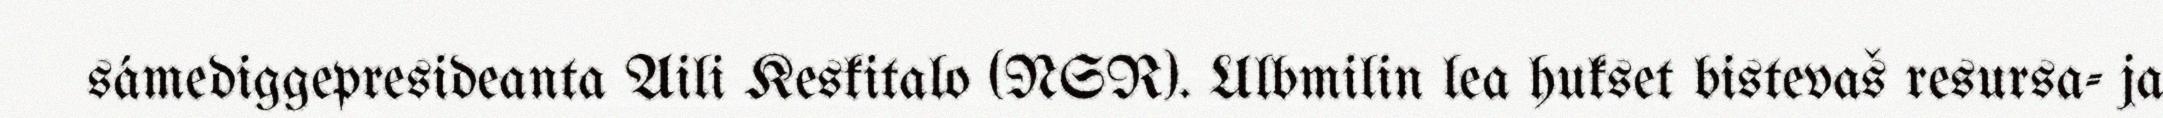
sámediggepresideanta Aili Keskitalo (NSR). Ulbmilin lea hukset bistevaš resursa- ja